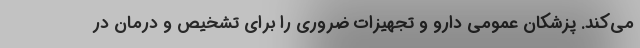
می‌کند. پزشکان عمومی دارو و تجهیزات ضروری را برای تشخیص و درمان در